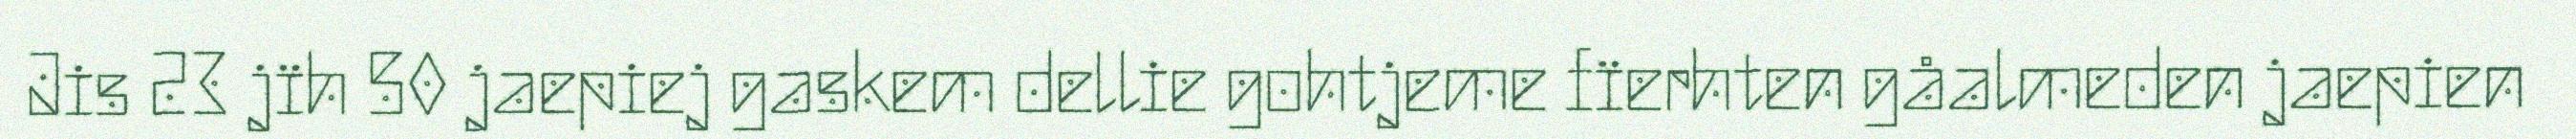
Jis 23 jïh 50 jaepiej gaskem dellie gohtjeme fïerhten gåalmeden jaepien